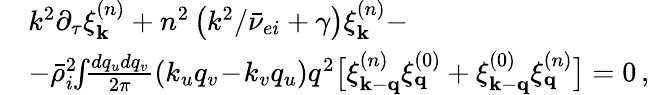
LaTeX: \begin{array}{rl}&{k^{2}\partial_{\tau}\xi_{\textbf{k}}^{(n)}+n^{2}\left(k^{2}/\bar{\nu}_{ei}+\gamma\right)\xi_{\textbf{k}}^{(n)}-}\\ &{-\bar{\rho}_{i}^{2}\! \! \int\! \! \frac{dq_{u}dq_{v}}{2\pi}\left(k_{u}q_{v}\! -\! k_{v}q_{u}\right)q^{2}\big[\xi_{\textbf{k}-\textbf{q}}^{(n)}\xi_{\textbf{q}}^{(0)}+\xi_{\textbf{k}-\textbf{q}}^{(0)}\xi_{\textbf{q}}^{(n)}\big]=0\, ,}\end{array}